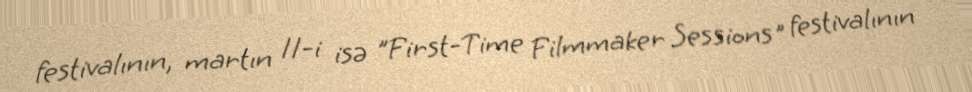
festivalının, martın 11-i isə "First-Time Filmmaker Sessions" festivalının